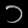
Digit: ၁